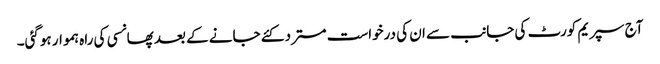
آج سپریم کورٹ کی جانب سے ان کی درخواست مسترد کئے جانے کے بعد پھانسی کی راہ ہموار ہوگئی۔